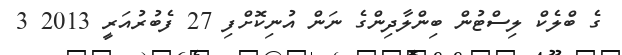
ގެ ބްލެކް ލިސްޓުން ބިންލާދިންގެ ނަން އުނިކޮށްފި 27 ފެބުރުއަރީ 2013 3